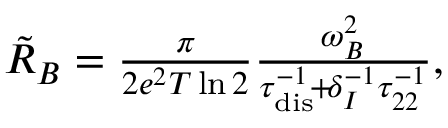
\begin{array} { r } { \tilde { R } _ { B } = \frac { \pi } { 2 e ^ { 2 } T \ln 2 } \frac { \omega _ { B } ^ { 2 } } { \tau _ { \mathrm { d i s } } ^ { - 1 } \! + \! \delta _ { I } ^ { - 1 } \tau _ { 2 2 } ^ { - 1 } } , } \end{array}